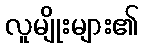
လူမျိုးများ၏